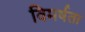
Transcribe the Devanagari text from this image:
विमर्षता